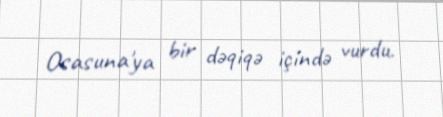
Osasuna'ya bir dəqiqə içində vurdu.